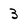
Character: 3